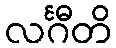
လင်္ဂီတိ